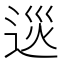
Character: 𨓌